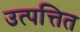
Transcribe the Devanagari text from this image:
उत्पत्तित